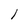
Character: l